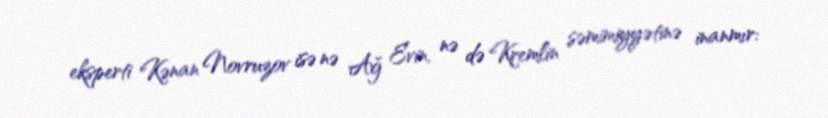
eksperti Kənan Novruzov isə nə Ağ Evin, nə də Kremlin səmimiyyətinə inanmır: